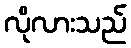
လိုလားသည်